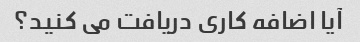
آیا اضافه کاری دریافت می کنید؟